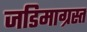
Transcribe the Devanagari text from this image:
जडिमाग्रस्त